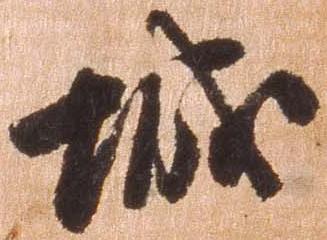
城